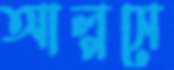
আল্পসে